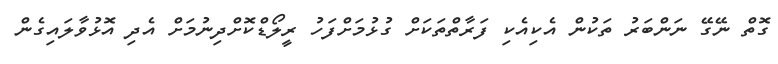
ގޮތް ނޭގޭ ނަންބަރު ތަކުން އެކިއެކި ފަރާތްތަކަށް ގުޅުމަށްފަހު ރީލޯޑްކޮށްދިނުމަށް އެދި އޮޅުވާލައިގެން